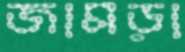
জামড়া